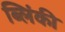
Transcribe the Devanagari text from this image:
ब्लिंकी